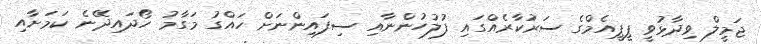
ޖަމީލް ވިދާޅުވީ ޕީޕީއެމްގެ ސަރުކާރެއްގައި ފުލުހުންނާއި ސިފައިންނަށް ހައްގު މަގާމު ހޯދައިދޭނެ ކަމަށާއި